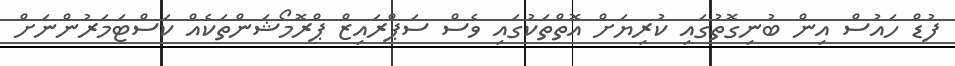
ފުޑް ހައުސް އިން ބުނިގޮތުގައި ކުރިޔަށް އޮތްތަކުގައި ވެސް ސަޕްރައިޒް ޕްރޮމޯޝަންތަކެއް ކަސްޓަމަރުންނަށް